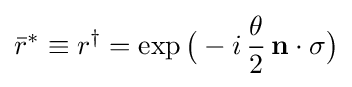
{\bar {r}}^{*}\equiv r^{\dagger }=\exp {\big (}-i\,{\frac {\theta }{2}}\,\mathbf {n} \cdot \mathbf {\sigma } {\big )}